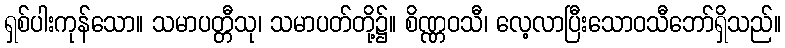
ရှစ်ပါးကုန်သော။ သမာပတ္တီသု၊ သမာပတ်တို့၌။ စိဏ္ဏဝသီ၊ လေ့လာပြီးသောဝသီဘော်ရှိသည်။